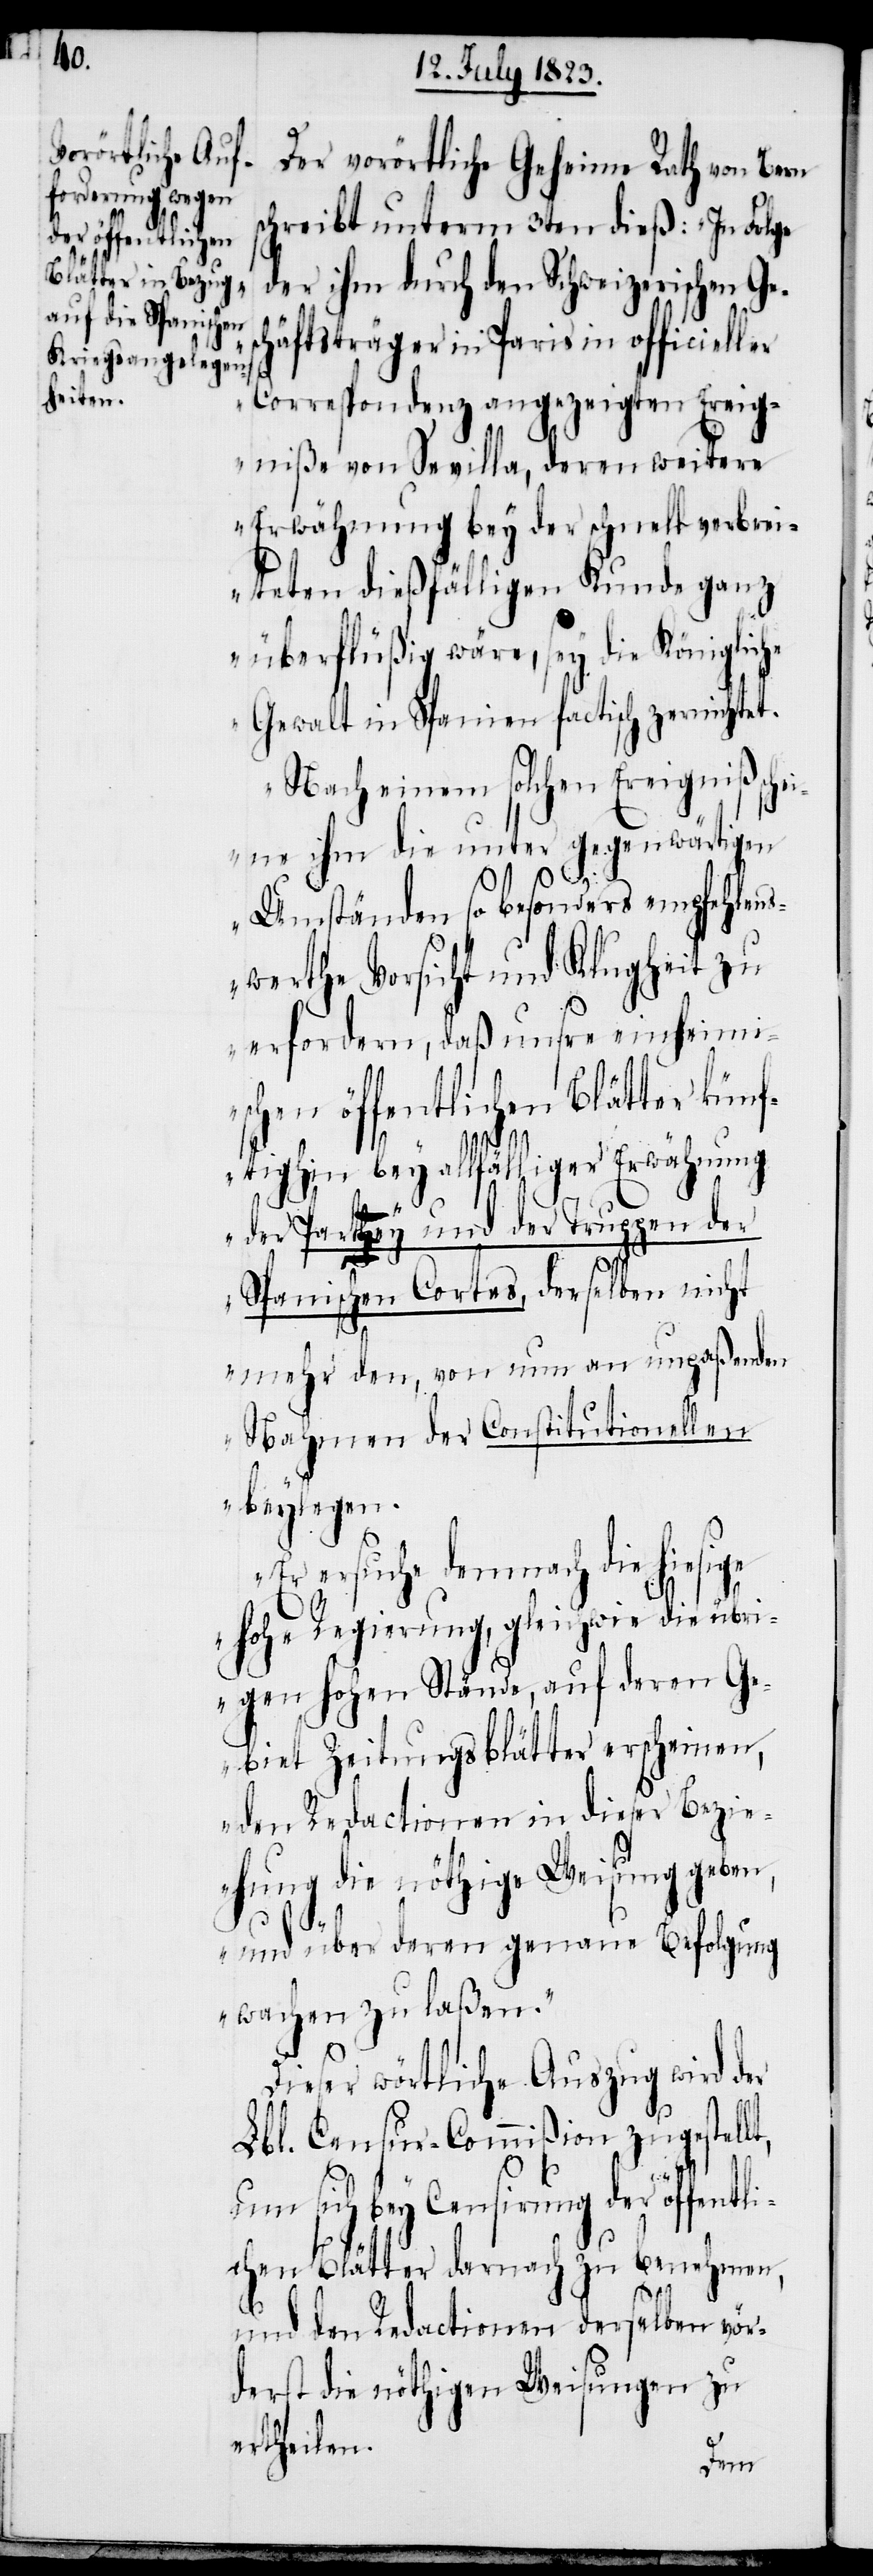
Der vorörtliche Geheime Rath von Bern
schreibt unterm 3ten dieß: „In Folge
der ihm durch den Schweizerischen Ge¬
häftsträger in Paris in officieller
Correspondenz angezeigten Ereig¬
niße von Sevilla, deren weitere
Erwähnung bey der schnell verbrei¬
teten dießfälligen Kunde ganz
überflüßig wäre, sey die Königliche
Gewalt in Spanien factisch zernichtet.
Nach einem solchen Ereigniß schei¬
ne ihm die unter gegenwärtigen
Umständen so besonders empfehlens¬
werthe Vorsicht und Klugheit zu
erfordern, daß unsre einheimi¬
schen öffentlichen Blätter künf¬
tighin bey allfälliger Erwähnung
der Partey und der Truppen der
Spanischen Cortes, derselben nicht
mehr den, von nun an unpaßenden
Nahmen der Constitutionellen
beylegen.
Er ersuche demnach die hiesige
hohe Regierung, gleichwie die übri¬
gen hohen Stände, auf deren Ge¬
biet Zeitungsblätter erscheinen,
den Redactionen in dieser Bezi¬
ehung die nöthige Weisung geben,
t,
und über deren genaue Befolgung
wachen zu laßen.“
Dieser wörtliche Auszug wird der
Lbl. Censur-Commißion zugestell¬
um sich bey Censirung der öffentli¬
chen Blätter darnach zu benehmen,
und den Redactionen derselben vör¬
derst die nöthigen Weisungen zu
ertheilen.